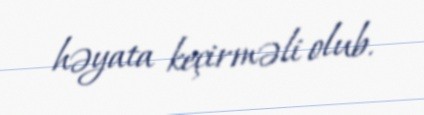
həyata keçirməli olub.